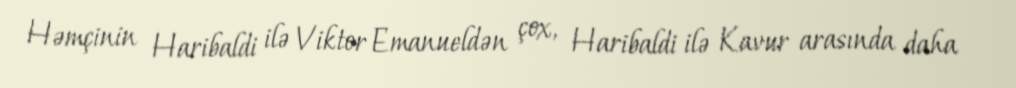
Həmçinin Haribaldi ilə Viktor Emanueldən çox, Haribaldi ilə Kavur arasında daha